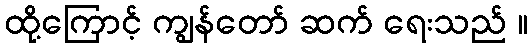
ထို့ကြောင့် ကျွန်တော် ဆက် ရေးသည် ။